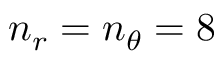
n _ { r } = n _ { \theta } = 8